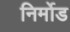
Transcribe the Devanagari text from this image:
निर्मोड